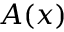
A ( x )